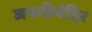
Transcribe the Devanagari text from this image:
जननीमंदिर